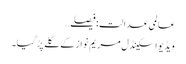
عالمی عدالت:فیصلے…
ویڈیو اسکینڈل مریم نواز کے گلے پڑ گیا۔